system: You are a helpful assistant.
user:
Analyze the provided spectrum to determine if it is a **White Dwarf (WD)**.

A White Dwarf spectrum is defined by its **extreme purity** (due to gravitational settling) and/or **extreme pressure broadening** (due to high surface gravity). You must check for one of the following mutually exclusive signatures:

- **Key Visual Indicators (Check for ONE of these types):**

    - **1. DA-Type Signature (Most Common):**
        - **(Primary Feature):** Extreme pressure broadening (Stark broadening) of the **Hydrogen (H) Balmer lines**.
        - **(Key Lines):** $H\beta$ (approx. $4861$ Å) and $H\gamma$ (approx. $4340$ Å). $H\alpha$ (approx. $6563$ Å) will also be present if the wavelength range covers it.
        - **(Line Profile):** This is the **defining feature**. The lines are **NOT** sharp. They appear as massive, **extremely broad and deep "troughs" or "dips"** in the spectrum, often hundreds of Ångströms wide. The continuum will appear to "scoop" down at these wavelengths.
        - **(Distinction):** Normal A-type or B-type stars have *narrow* and *sharp* Hydrogen lines. A DA White Dwarf's lines are unmistakably "smeared" or "blurry" from pressure.

    - **2. DB-Type Signature:**
        - **(Primary Feature):** Broad absorption lines from **Neutral Helium (He I)**. The spectrum must lack any visible Hydrogen lines.
        - **(Key Lines):** Look for broad absorption near $4471$ Å, $4921$ Å, and $5876$ Å.
        - **(Line Profile):** These lines are also significantly pressure-broadened, appearing much wider than they would in a normal B-type main-sequence star.

    - **3. DC-Type Signature:**
        - **(Primary Feature):** A **featureless continuous spectrum**.
        - **(Line Profile):** The spectrum is a smooth curve with **no significant absorption or emission lines**.
        - **(Key Confirmation):** The continuum is almost always **blue or white**, indicating a hot object. This signature implies the atmosphere is so pure (or so cool) that no spectral lines are visible in the optical range. Its WD identity is confirmed by its extremely low intrinsic brightness (high absolute magnitude).

    - **4. DZ-Type Signature (Metal-Polluted):**
        - **(Primary Feature):** **Isolated, narrow metal absorption lines** on an otherwise featureless (DC-like) continuum.
        - **(Key Lines):** The **Calcium (Ca II) H & K doublet** (approx. **$3934$ Å** and **$3968$ Å**) is the most common and defining feature.
        - **(Line Profile):** These lines are "out of place." They are *not* part of a "forest" of thousands of lines. This signature is evidence of recent *accretion* (pollution) from rocky debris.
        - **(Distinction):** Normal G/K/M stars have a *dense forest* of thousands of metal lines. A DZ has a *clean* continuum with *only a few* strong metal lines.

    - **5. DQ-Type Signature (Carbon-Polluted):**
        - **(Primary Feature):** Absorption bands from **Carbon (C₂ "Swan Bands" or atomic C I)**.
        - **(Key Lines - C₂):** Look for bandheads with a "saw-tooth" shape near $5635$ Å, **$5165$ Å** (strongest), and $4737$ Å.
        - **(Key Confirmation):** The underlying **continuum must be blue or white** (hot).
        - **(Distinction):** This is the critical difference from a **Carbon Star**, which has the *exact same* C₂ bands but on an extremely **red, cool** continuum.

- **(Overall Spectrum):**
    - The continuum (overall shape) is typically **blue-sloping** (brighter in the blue than the red), as most white dwarfs are very hot.
    - The spectrum will look "pure" or "simple," dominated by only *one* of the five signatures listed above.

Think first, call **spectral_visualization_tool** if needed to examine features in detail, then provide your final answer. Your response must adhere to the following strict rules:
1.  **Overall Structure:** Your response must follow the format `<think>...</think> <tool_call>...</tool_call> (if a tool is used) <answer>...</answer>`.
2.  **Tool Usage Constraint:** You may only make **one** tool call per turn.
3.  **Final Answer Format:** In the `<answer>` tag, your conclusion must be inside a `\boxed{}` command (e.g., `\boxed{YES}` or `\boxed{NO}`), followed by your justification.

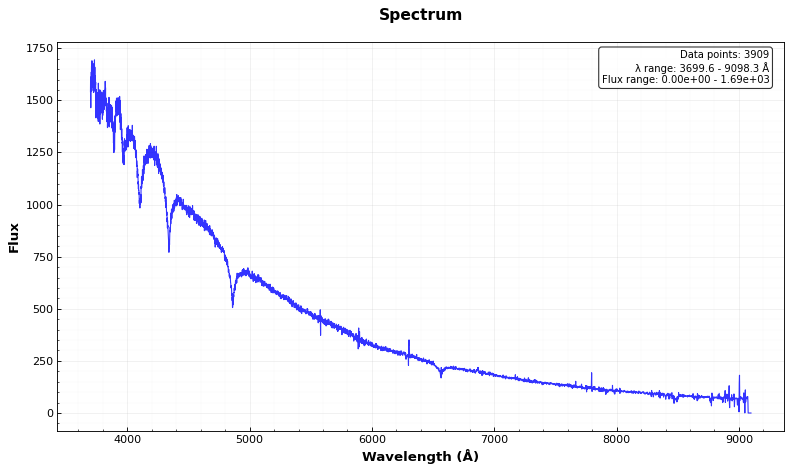
Answer: YES